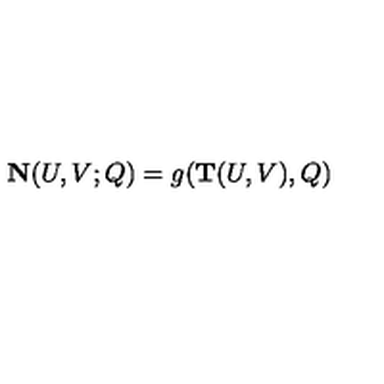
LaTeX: { \bf N } ( U , V ; Q ) = g ( { \bf T } ( U , V ) , Q )